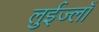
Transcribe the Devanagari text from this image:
लुईज्लाँ